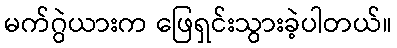
မက်ဂွဲယားက ဖြေရှင်းသွားခဲ့ပါတယ်။